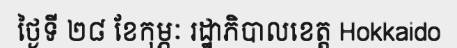
ថ្ងៃទី ២៨ ខែកុម្ភៈ រដ្ឋាភិបាលខេត្ត Hokkaido